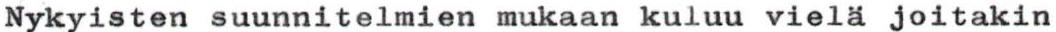
Nykyisten suunnitelmien mukaan kuluu vielä joitakin